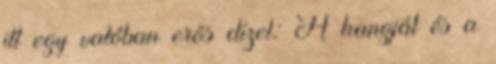
itt egy valóban erõs dízel: A hangját és a